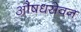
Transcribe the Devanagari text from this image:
औषधसेवन